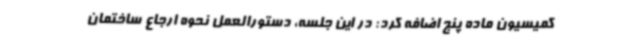
کمیسیون ماده پنج اضافه کرد: در این جلسه، دستورالعمل نحوه ارجاع ساختمان